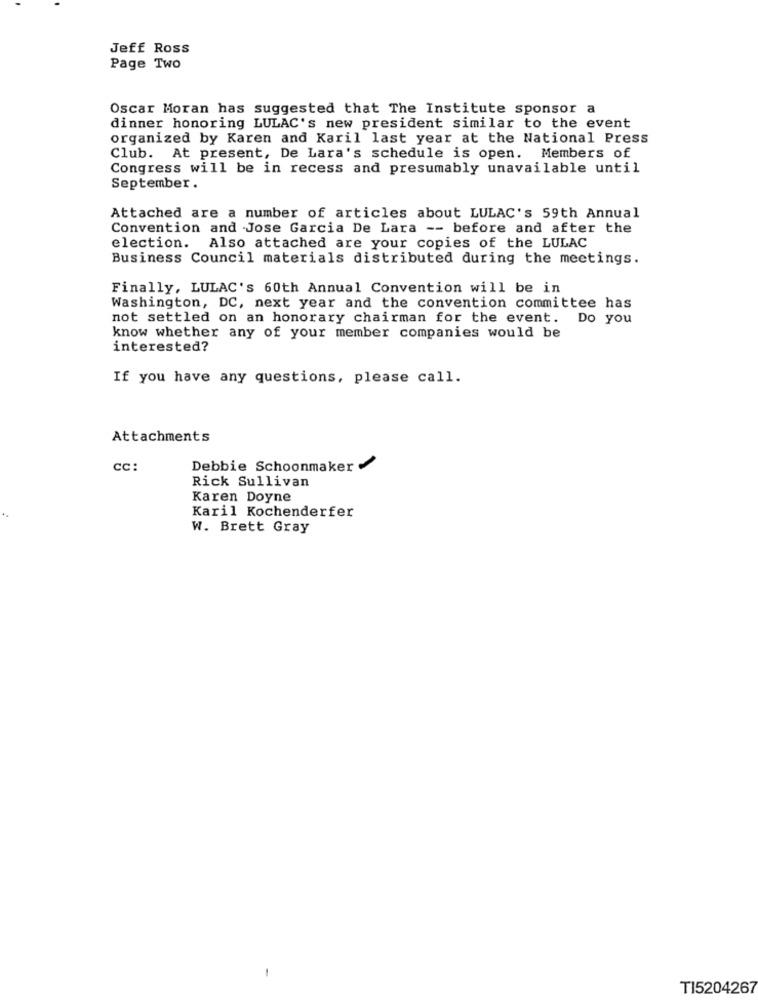
Jeff Ross
Page Two
Oscar Moran has suggested that The Institute sponsor a
dinner honoring LULAC's new president similar to the event
organized by Karen and Karil last year at the National Press
Club. At present, De Lara's schedule is open. Members of
Congress will be in recess and presumably unavailable until
September.
Attached are a number of articles about LULAC's 59th Annual
Convention and Jose Garcia De Lara -- before and after the
election. Also attached are your copies of the LULAC
Business Council materials distributed during the meetings.
Finally, LULAC's 60th Annual Convention will be in
Washington, DC, next year and the convention committee has
not settled on an honorary chairman for the event. Do you
know whether any of your member companies would be
interested?
If you have any questions, please call.
Attachments
CC:
Debbie Schoonmaker
Rick Sullivan
Karen Doyne
Karil Kochenderfer
W. Brett Gray
-
TI5204267